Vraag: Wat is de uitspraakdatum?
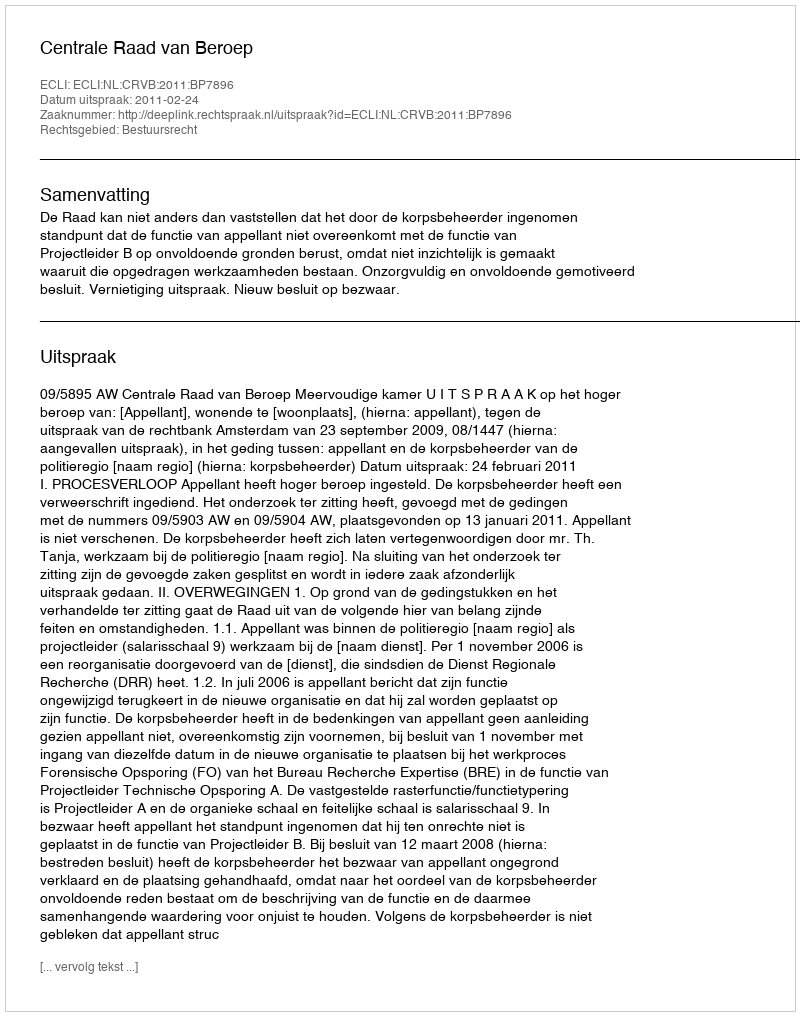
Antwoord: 2011-02-24